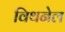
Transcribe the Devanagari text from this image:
विथनेल